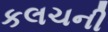
કલચની